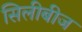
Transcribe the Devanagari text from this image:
सिलीबीज